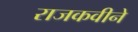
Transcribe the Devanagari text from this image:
राजकवीने